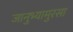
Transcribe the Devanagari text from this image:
जानुभ्यामुरसा